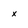
Character: x